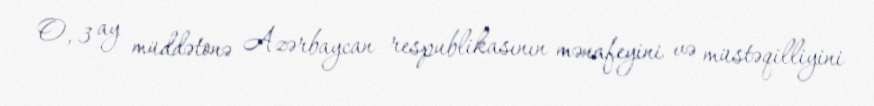
O, 3 ay müddətonə Azərbaycan respublikasının mənafeyini və müstəqilliyini